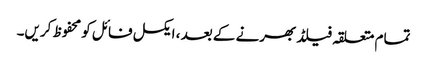
تمام متعلقہ فیلڈ بھرنے کے بعد ، ایکسل فائل کو محفوظ کریں۔